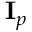
{ \bf \cal I } _ { p }